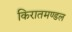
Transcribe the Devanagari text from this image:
किरातमण्डल